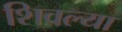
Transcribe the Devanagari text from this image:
शिवल्या